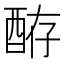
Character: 𫑴